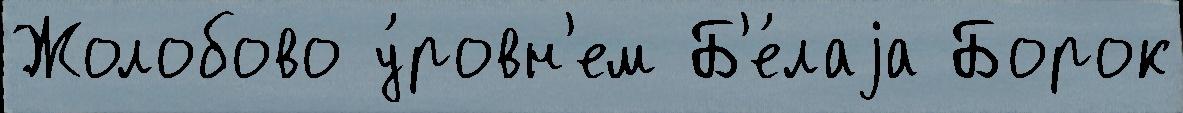
Жолобово у́ровн'ем Б'е́лаjа Борок